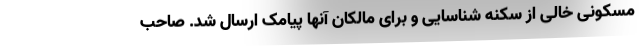
مسکونی خالی از سکنه شناسایی و برای مالکان آنها پیامک ارسال شد. صاحب